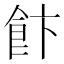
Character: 飰